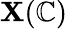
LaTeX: \mathbf{X}(\mathbb{{C}})